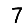
Digit: 7